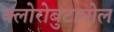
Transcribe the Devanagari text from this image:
क्लोरोबुटानोल